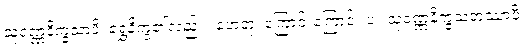
သုဝဏ္ဏနိက္ခသာပိ၊ ရွှေနိက္ခ၏လည်း။ ဟေတု၊ ကြောင်းကြောင့်။ ပ။ သုဝဏ္ဏနိက္ခသတဿာပိ၊